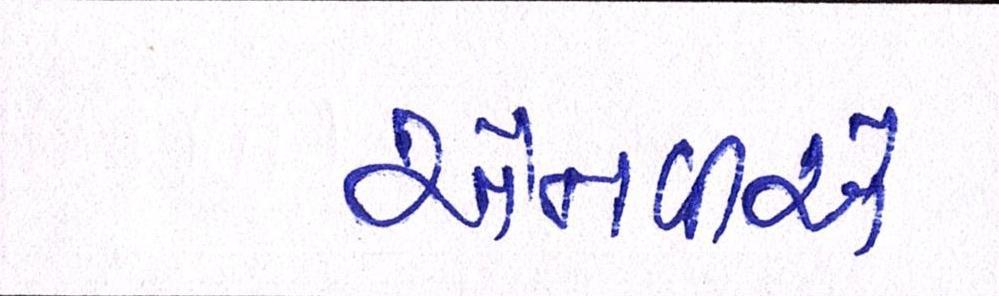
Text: એનવીએ